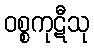
ဝစ္စကုဋီသု